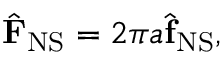
\begin{array} { r } { \hat { \mathbf { F } } _ { \mathrm { N S } } = 2 \pi a \hat { \mathbf { f } } _ { \mathrm { N S } } , } \end{array}